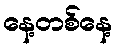
နေ့တစ်နေ့